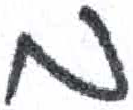
אות: מ